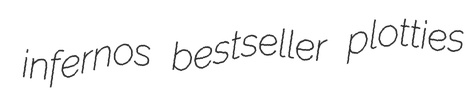
infernos bestseller plotties